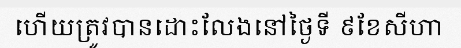
ហើយត្រូវបានដោះលែងនៅថ្ងៃទី ៩ខែសីហា